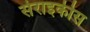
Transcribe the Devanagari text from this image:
सेराइकीस